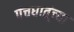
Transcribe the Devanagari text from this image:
पंचधातूंच्या